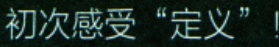
初次感受“定义”！